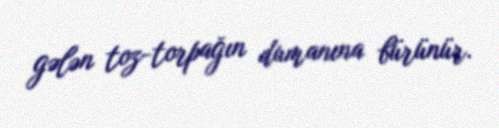
gələn toz-torpağın dumanına bürünür.